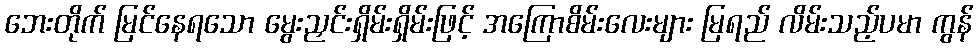
ဘေးတိုက် မြင်နေရသော မွေးညှင်းရှိမ်းရှိမ်းဖြင့် အကြောစိမ်းလေးများ မြရည် လိမ်းသည့်ပမာ ကွန်